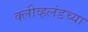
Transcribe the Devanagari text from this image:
क्लीव्हलंडच्या